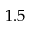
1 . 5